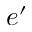
e ^ { \prime }